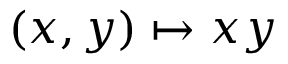
( x , y ) \mapsto x y